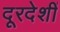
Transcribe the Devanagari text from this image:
दूरदेशीं